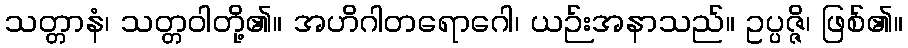
သတ္တာနံ၊ သတ္တဝါတို့၏။ အဟိဂါတရောဂေါ၊ ယဉ်းအနာသည်။ ဥပ္ပဇ္ဇိ၊ ဖြစ်၏။